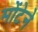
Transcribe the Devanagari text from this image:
मोंटेने